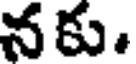
నకు.